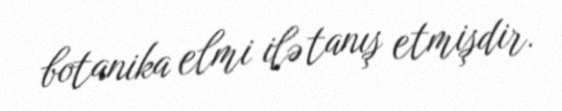
botanika elmi ilə tanış etmişdir.